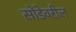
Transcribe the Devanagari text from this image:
सोंडेवरील